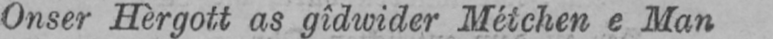
Onser Hèrgott as gîdwider Métchen e Man